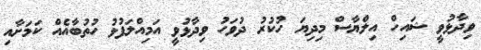
ވިދާޅުވީ ޝައިހް އިލްޔާސް މިދިޔަ ހުކުރު ދުވަހު ވިދާޅުވީ އަމިއްލަފުޅު ހުތުބާއެއް ކަމަށާއި